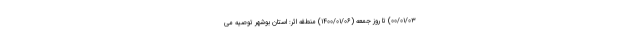
۰۰/۰۱/۰۳) تا روز جمعه (۱۴۰۰/۰۱/۰۶) منطقه اثر: استان بوشهر توصیه می